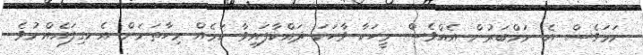
ނަމަވެސް އެ ނަމްބަރުން އެއްވެސް މީހަކާ ވާހަކަ ދައްކާފައިވާ ކަމެއް މިހާތަނަށް އެނގިފައެއްނުވެ